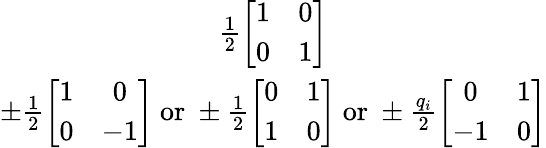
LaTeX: \begin{array}{c}{{\frac{1}{2}\left[\begin{array}{cc}{{1}}&{{0}}\\ {{0}}&{{1}}\end{array}\right]}}\\ {{\pm\frac{1}{2}\left[\begin{array}{cc}{{1}}&{{0}}\\ {{0}}&{{-1}}\end{array}\right]\mathrm{~or~}\pm\frac{1}{2}\left[\begin{array}{cc}{{0}}&{{1}}\\ {{1}}&{{0}}\end{array}\right]\mathrm{~or~}\pm\frac{q_{i}}{2}\left[\begin{array}{cc}{{0}}&{{1}}\\ {{-1}}&{{0}}\end{array}\right]}}\end{array}